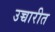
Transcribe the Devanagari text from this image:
उच्चारीत